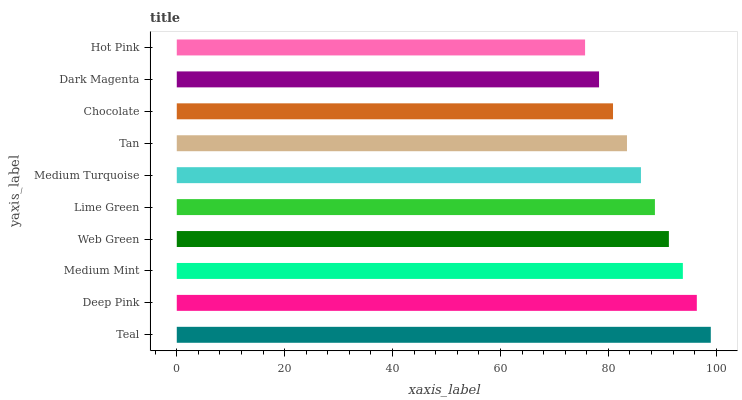
| yaxis_label | bars |
 | --- | --- |
 | Teal | 99 |
 | Deep Pink | 96.4 |
 | Medium Mint | 93.8 |
 | Web Green | 91.2 |
 | Lime Green | 88.6 |
 | Medium Turquoise | 86.1 |
 | Tan | 83.5 |
 | Chocolate | 80.9 |
 | Dark Magenta | 78.3 |
 | Hot Pink | 75.7 |